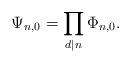
LaTeX: \begin{align*}\Psi_{n,0} = \prod_{d \mid n} \Phi_{n,0}.\end{align*}